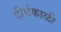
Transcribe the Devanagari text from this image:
दीर्घकाळी